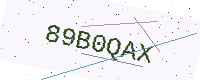
Text: 89B0QAX